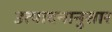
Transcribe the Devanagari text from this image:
उत्पादनानुसार